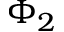
\Phi _ { 2 }